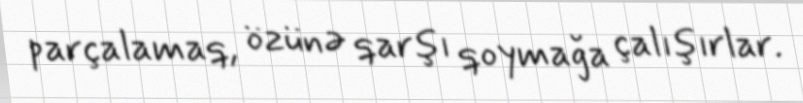
parçalamaq, özünə qarşı qoymağa çalışırlar.